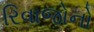
રિવાજોનો